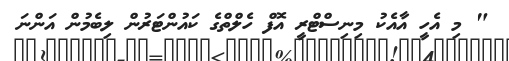
" މި އެހީ އާއެކު މިނިސްޓްރީ އޮފް ހެލްތްގެ ކައުންޓަރުން ލިބެމުން އަންނަ